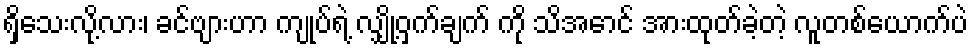
ရှိသေးလို့လား၊ ခင်ဗျားဟာ ကျုပ်ရဲ့ လျှို့ဝှက်ချက် ကို သိအောင် အားထုတ်ခဲ့တဲ့ လူတစ်ယောက်ပဲ